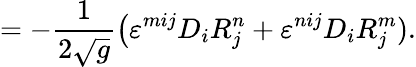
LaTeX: =-{\frac{1}{2{\sqrt{g}}}}{\bigl(}\varepsilon^{mij}D_{i}R_{j}^{n}+\varepsilon^{nij}D_{i}R_{j}^{m}).